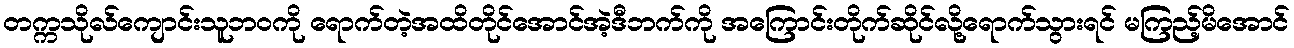
တက္ကသိုလ်ကျောင်းသူဘဝကို ရောက်တဲ့အထိတိုင်အောင်အဲ့ဒီဘက်ကို အကြောင်းတိုက်ဆိုင်လို့ရောက်သွားရင် မကြည့်မိအောင်